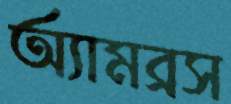
অ্যামব্রস